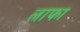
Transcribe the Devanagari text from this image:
लाफा